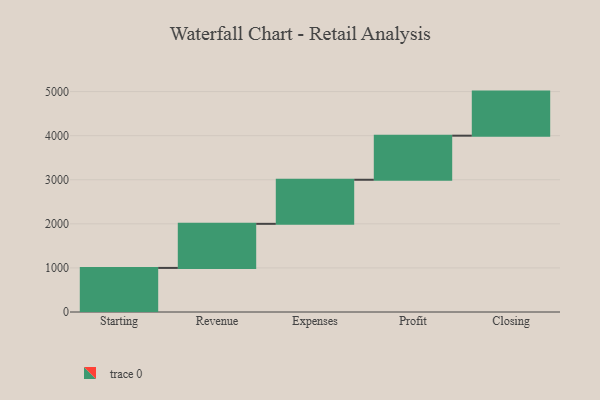
{"axis": {"x": "Step", "y": "Value"}, "legend": [""], "data": [{"x": "Starting", "y": 1000, "type": ""}, {"x": "Revenue", "y": 1000, "type": ""}, {"x": "Expenses", "y": 1000, "type": ""}, {"x": "Profit", "y": 1000, "type": ""}, {"x": "Closing", "y": 1000, "type": ""}]}